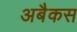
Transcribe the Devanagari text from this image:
अबैकस